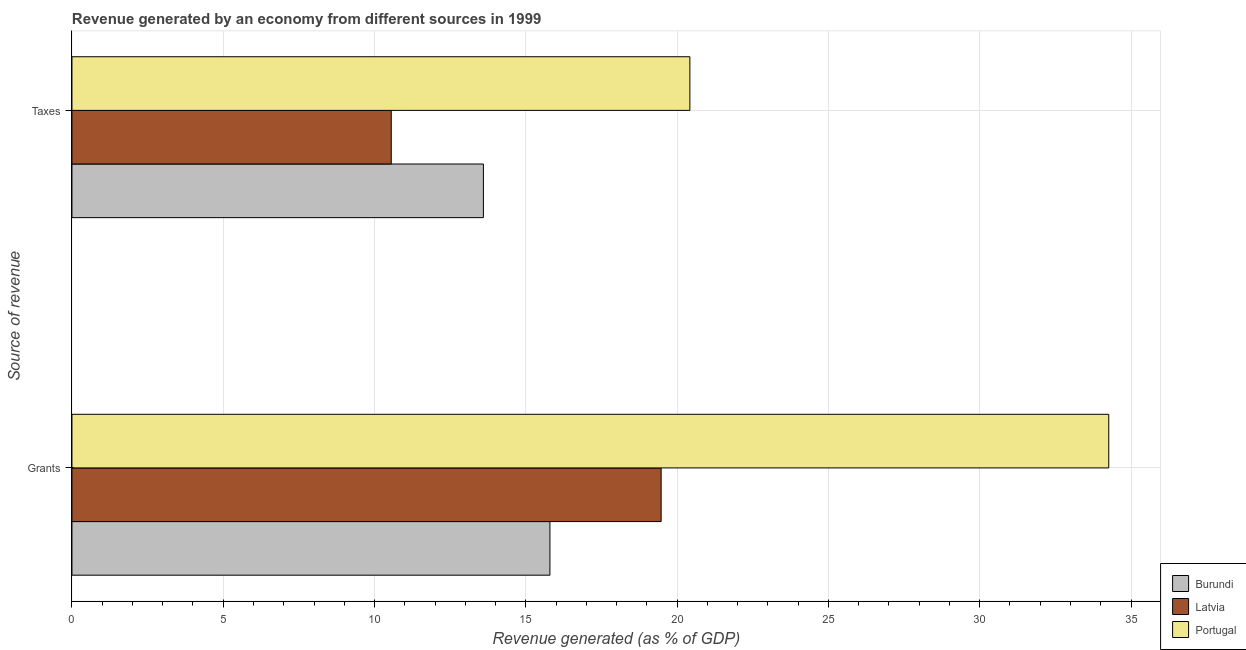
| Source of revenue | Burundi | Latvia | Portugal |
 | --- | --- | --- | --- |
 | Grants | 15.8 | 19.5 | 34.3 |
 | Taxes | 13.6 | 10.6 | 20.4 |